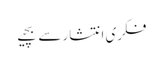
فکری انتشار سے بچیے